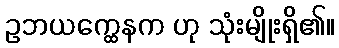
ဥဘယက္ထေနက ဟု သုံးမျိုးရှိ၏။